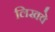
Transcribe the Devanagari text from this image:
लिखवे